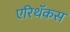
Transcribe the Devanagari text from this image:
एरिथॅकस